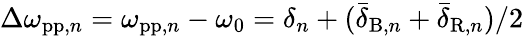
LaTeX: \Delta\omega_{\mathrm{pp},n}=\omega_{\mathrm{pp},n}-\omega_{0}=\delta_{n}+(\bar{\delta}_{\mathrm{B},n}+\bar{\delta}_{\mathrm{R},n})/2